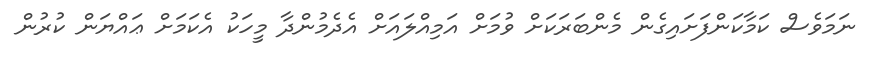
ނަމަވެސް ކަމާކަންފަށައިގެން މެންބަރަކަށް ވުމަށް އަމިއްލައަށް އެދެމުންދާ މީހަކު އެކަމަށް ޢައްޔަން ކުރުން